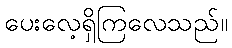
ပေးလေ့ရှိကြလေသည်။